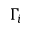
\Gamma _ { i }